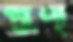
পুণ্